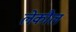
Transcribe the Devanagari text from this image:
लेकौल